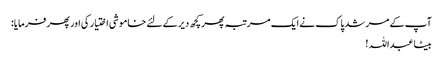
آپ کے مرشد پاک نے ایک مرتبہ پھر کچھ دیر کے لئے خاموشی اختیار کی اور پھر فرمایا:
بیٹا عبداللہ !